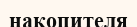
накопителя